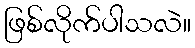
ဖြစ်လိုက်ပါသလဲ။